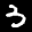
Label: 3